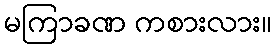
မကြာခဏ ကစားလား။